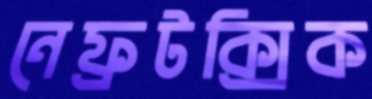
নেফ্রটক্সিক